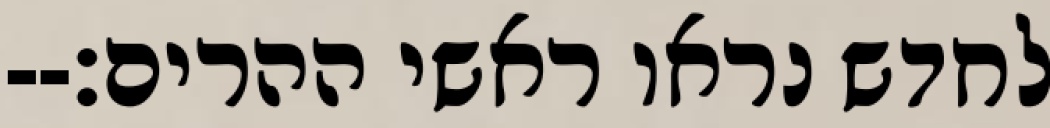
לחדש נראו ראשי ההרים׃--